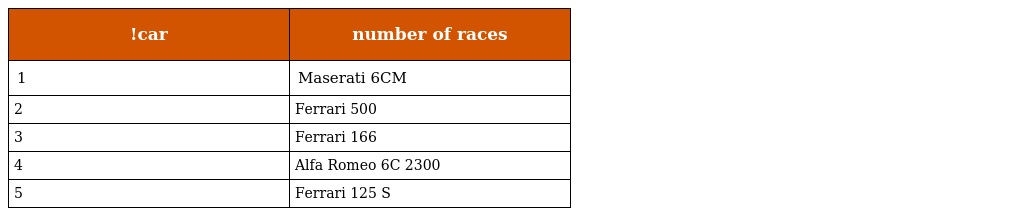
| !car | number of races |
 | --- | --- |
 | 1 | Maserati 6CM |
 | 2 | Ferrari 500 |
 | 3 | Ferrari 166 |
 | 4 | Alfa Romeo 6C 2300 |
 | 5 | Ferrari 125 S |